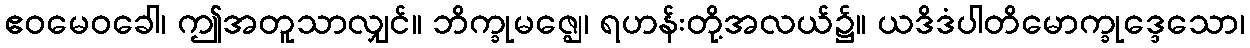
ဧဝမေဝခေါ၊ ဤအတူသာလျှင်။ ဘိက္ခုမဇ္ဈေ၊ ရဟန်းတို့အလယ်၌။ ယဒိဒံပါတိမောက္ခုဒ္ဒေသော၊